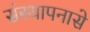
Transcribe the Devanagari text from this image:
संस्थापनासे